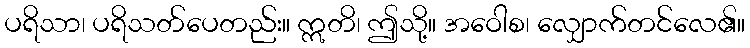
ပရိသာ၊ ပရိသတ်ပေတည်း။ ဣတိ၊ ဤသို့။ အဝေါစ၊ လျှောက်တင်လေ၏။